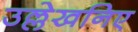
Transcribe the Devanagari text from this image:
उल्लेखनिए